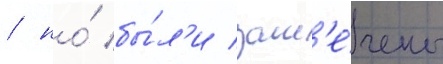
/ но́ бы́л'и зам'е́чены